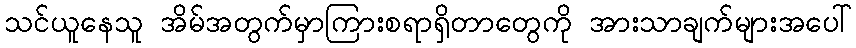
သင်ယူနေသူ အိမ်အတွက်မှာကြားစရာရှိတာတွေကို အားသာချက်များအပေါ်